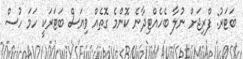
ބަޓަރު: ފްރިޖަށް ނުލާ ބެހެއްޓިދާނެ ކޮންމެ ގޮތެއް ވިޔަސް ބަޓަރަކީ ހަމަ ހުސް